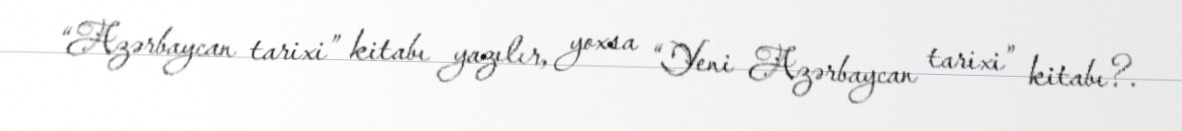
“Azərbaycan tarixi” kitabı yazılır, yoxsa “Yeni Azərbaycan tarixi” kitabı?.